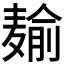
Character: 𱋠